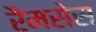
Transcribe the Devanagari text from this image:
रैमसेस